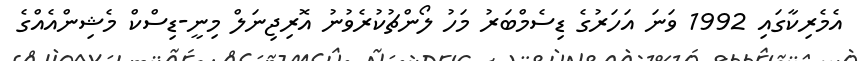
އެމެރިކާގައި 1992 ވަނަ އަހަރުގެ ޑިސެމްބަރު މަހު ލޯންޗުކުރެވުނު އޮރިޖިނަލް މިނީ-ޑިސްކް މެޝިންއެއްގެ